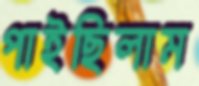
পাইছিলাম